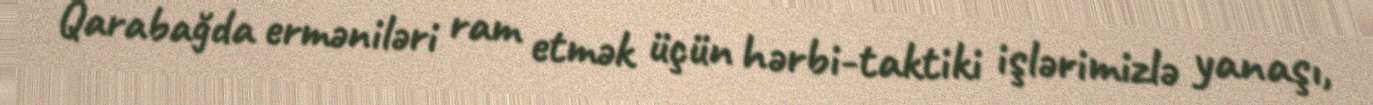
Qarabağda erməniləri ram etmək üçün hərbi-taktiki işlərimizlə yanaşı,